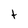
Character: t